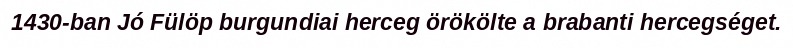
1430-ban Jó Fülöp burgundiai herceg örökölte a brabanti hercegséget.